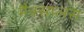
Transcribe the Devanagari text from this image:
मैक्सप्लस